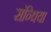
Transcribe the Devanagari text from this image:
संन्धिया